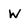
Character: W